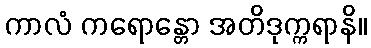
ကာလံ ကရောန္တော အတိဒုက္ကရာနိ။